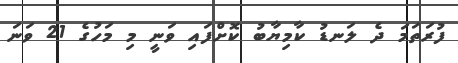
ފުރަތަމަ ދެ ލަނޑު ކާމިޔާބު ކޮށްފައި ވަނީ މި މަހުގެ 21 ވަނަ